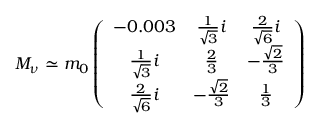
M _ { \nu } \simeq m _ { 0 } \left( \begin{array} { c c c } { { - 0 . 0 0 3 } } & { { \frac { 1 } { \sqrt { 3 } } i } } & { { \frac { 2 } { \sqrt { 6 } } i } } \\ { { \frac { 1 } { \sqrt { 3 } } i } } & { { \frac { 2 } { 3 } } } & { { - \frac { \sqrt { 2 } } { 3 } } } \\ { { \frac { 2 } { \sqrt { 6 } } i } } & { { - \frac { \sqrt { 2 } } { 3 } } } & { { \frac { 1 } { 3 } } } \end{array} \right)